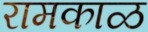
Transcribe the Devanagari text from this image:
रामकाळ